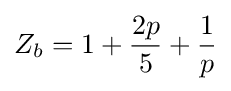
Z_{b}=1+{\frac {2p}{5}}+{\frac {1}{p}}